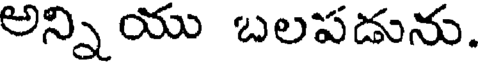
అన్ని యు బలపడును.